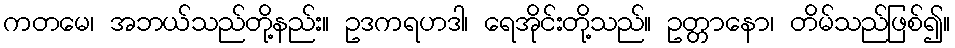
ကတမေ၊ အဘယ်သည်တို့နည်း။ ဥဒကရဟဒါ၊ ရေအိုင်းတို့သည်။ ဥတ္တာနော၊ တိမ်သည်ဖြစ်၍။